Indian journal of veterinary science and animal husbandry - Volume 1,
Year: 1931
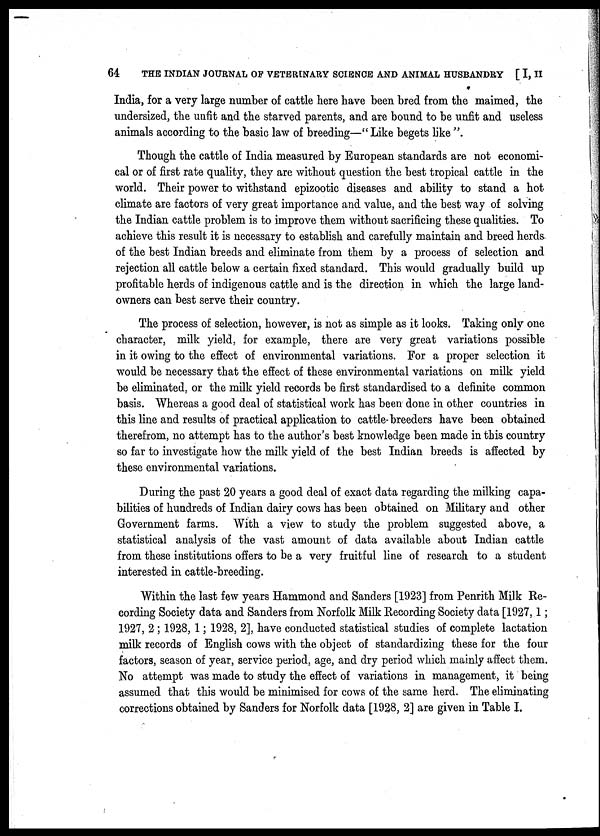
64 THE INDIAN JOURNAL OF VETERINARY SCIENCE AND ANIMAL HUSBANDRY [ I, II
India, for a very large number of cattle here have been bred from the maimed, the
undersized, the unfit and the starved parents, and are bound to be unfit and useless
animals according to the basic law of breeding—" Like begets like ".
Though the cattle of India measured by European standards are not economi-
cal or of first rate quality, they are without question the best tropical cattle in the
world. Their power to withstand epizootic diseases and ability to stand a hot
climate are factors of very great importance and value, and the best way of solving
the Indian cattle problem is to improve them without sacrificing these qualities. To
achieve this result it is necessary to establish and carefully maintain and breed herds
of the best Indian breeds and eliminate from them by a process of selection and
rejection all cattle below a certain fixed standard. This would gradually build up
profitable herds of indigenous cattle and is the direction in which the large land-
owners can best serve their country.
The process of selection, however, is not as simple as it looks. Taking only one
character, milk yield, for example, there are very great variations possible
in it owing to the effect of environmental variations. For a proper selection it
would be necessary that the effect of these environmental variations on milk yield
be eliminated, or the milk yield records be first standardised to a definite common
basis. Whereas a good deal of statistical work has been done in other countries in
this line and results of practical application to cattle-breeders have been obtained
therefrom, no attempt has to the author's best knowledge been made in this country
so far to investigate how the milk yield of the best Indian breeds is affected by
these environmental variations.
During the past 20 years a good deal of exact data regarding the milking capa-
bilities of hundreds of Indian dairy cows has been obtained on Military and other
Government farms. With a view to study the problem suggested above, a
statistical analysis of the vast amount of data available about Indian cattle
from these institutions offers to be a very fruitful line of research to a student
interested in cattle-breeding.
Within the last few years Hammond and Sanders [1923] from Penrith Milk Re-
cording Society data and Sanders from Norfolk Milk Recording Society data [1927, 1 ;
1927, 2 ; 1928, 1 ; 1928, 2], have conducted statistical studies of complete lactation
milk records of English cows with the object of standardizing these for the four
factors, season of year, service period, age, and dry period which mainly affect them.
No attempt was made to study the effect of variations in management, it being
assumed that this would be minimised for cows of the same herd. The eliminating
corrections obtained by Sanders for Norfolk data [1928, 2] are given in Table I.